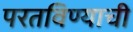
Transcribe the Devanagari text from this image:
परतविण्याची